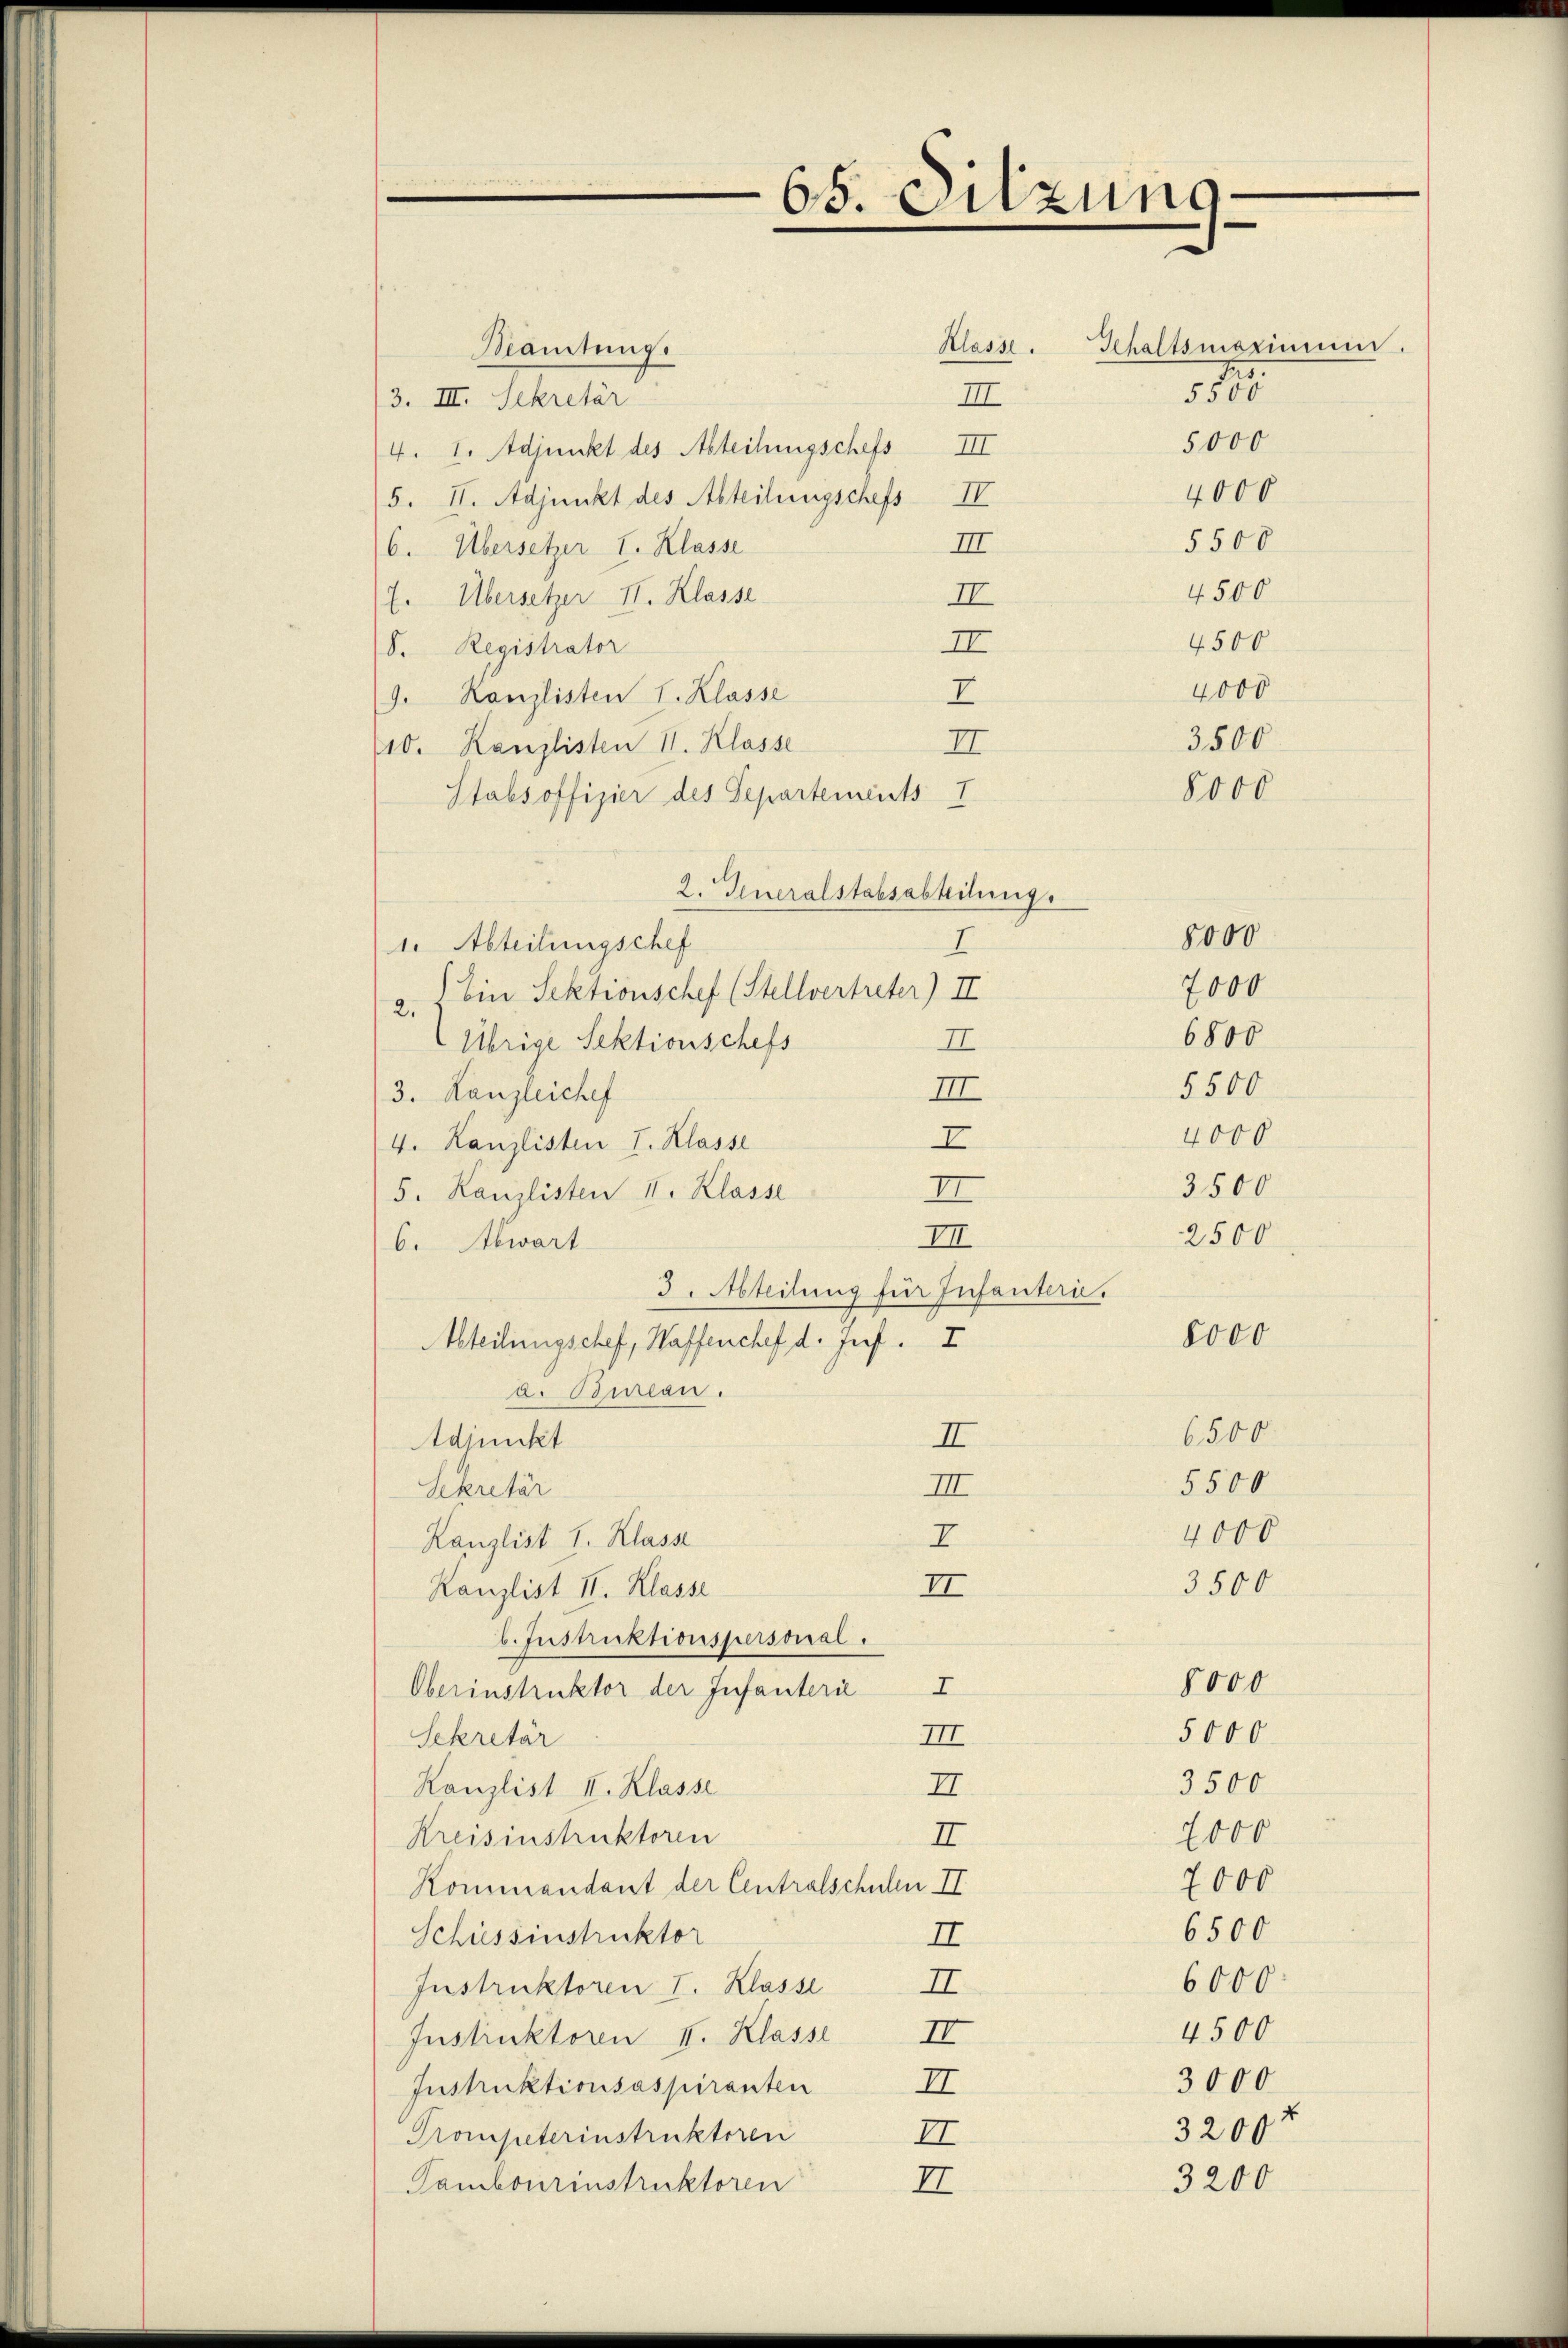
65. Sitzung

Mamtung.
III
3. III. Sekretär
4. I. Adjunkt des Abteilungschefs III
5. II. Adjunkt des Abteilungschefs IV
III
6. Übersetzer I. Klasse
II
E. Übersetzer II. Klasse
II
d. Registrator
I
9. Kanzlisten I. Klasse
II
10. Kanzlisten II. Klasse
Stabsoffizier des Separtements I
2. Generalstabsabheilung.
1. Abteilungschef
I
2. Ein Sektionschef (Stellvertreter) II
Übrige Sektionschefs
II
II
3. Kanzleichef
I
4. Kanzlisten I. Klasse
II
5. Kanzlisten II. Klasse
III
b. Abwart
3. Abteilung für Infanterie.
Abteilungschef, Waffenchef d. Jos. I
a. Bureau.
II
Adjunkt
II
Sekretär
I
Kanzlist I. Klass
II
Kanzlist II. Klasse
b. Instruktionspersonal.
Oberinstruktor der Infanterie I
Sekretär
III
II.
Kanzlist II. Klasse
Kreisinstruktoren
II
Kommendant der Centralschulen II
Schüssenstruktor
II
Instruktoren I. Klasse
II
Instruktoren I. Klasse
II
II
Instruktionsaspiranten
II
Trompeterinstruktoren
Tambourinstruktoren
II

Klasse. Schaltsmaximum

51
5000
4000

8000

5500
4500
4500
4000
3500

8000

7000
6800
5500
4000
3500
2500

8000

8000
3500

5000

6500
5500
4000
3500

72000
7000
6500
6000
4500
3000
3200

3200